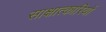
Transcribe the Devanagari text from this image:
साक्षात्कारियों